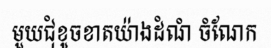
មួយជុំខូចខាតយ៉ាងដំណំ ចំណែក